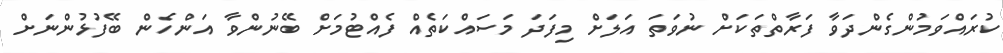
ކުރައްވަމުންގެންދަވާ ފަރާތްތަކަށް ނުވަތަ އަލަށް މިފަދަ މަސައްކަތެއް ފެއްޓުމަށް ބޭނުންވާ އަންހެން ބޭފުޅުންނަށް